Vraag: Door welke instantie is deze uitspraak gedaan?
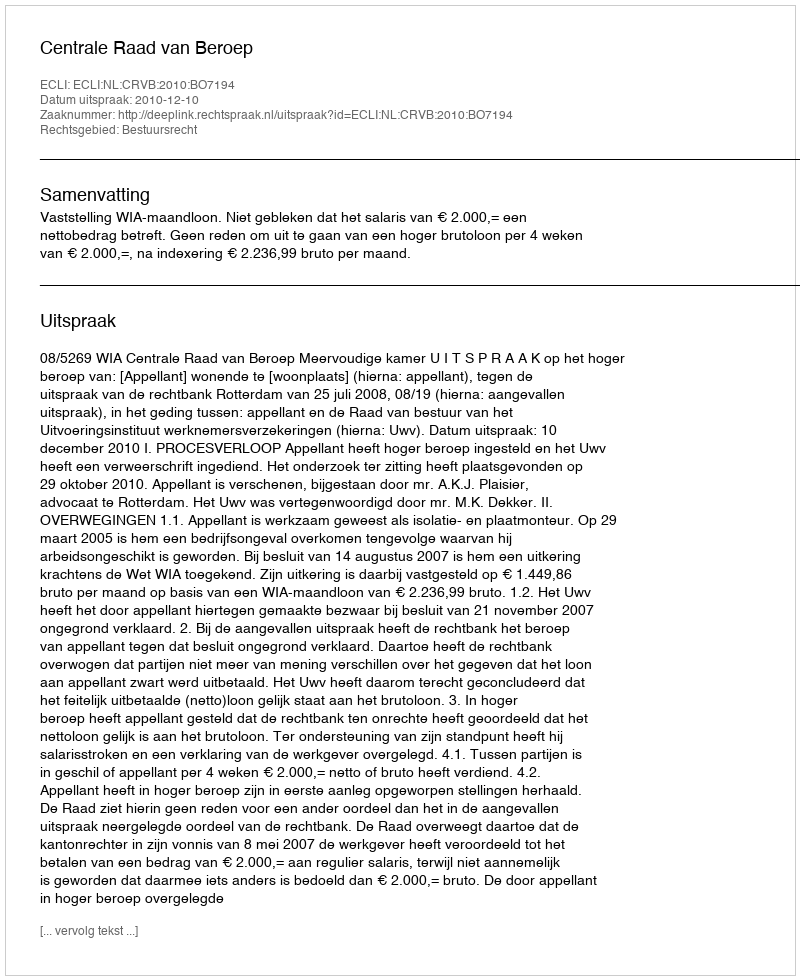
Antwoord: Centrale Raad van Beroep